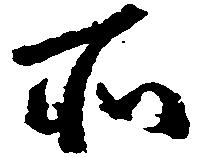
所